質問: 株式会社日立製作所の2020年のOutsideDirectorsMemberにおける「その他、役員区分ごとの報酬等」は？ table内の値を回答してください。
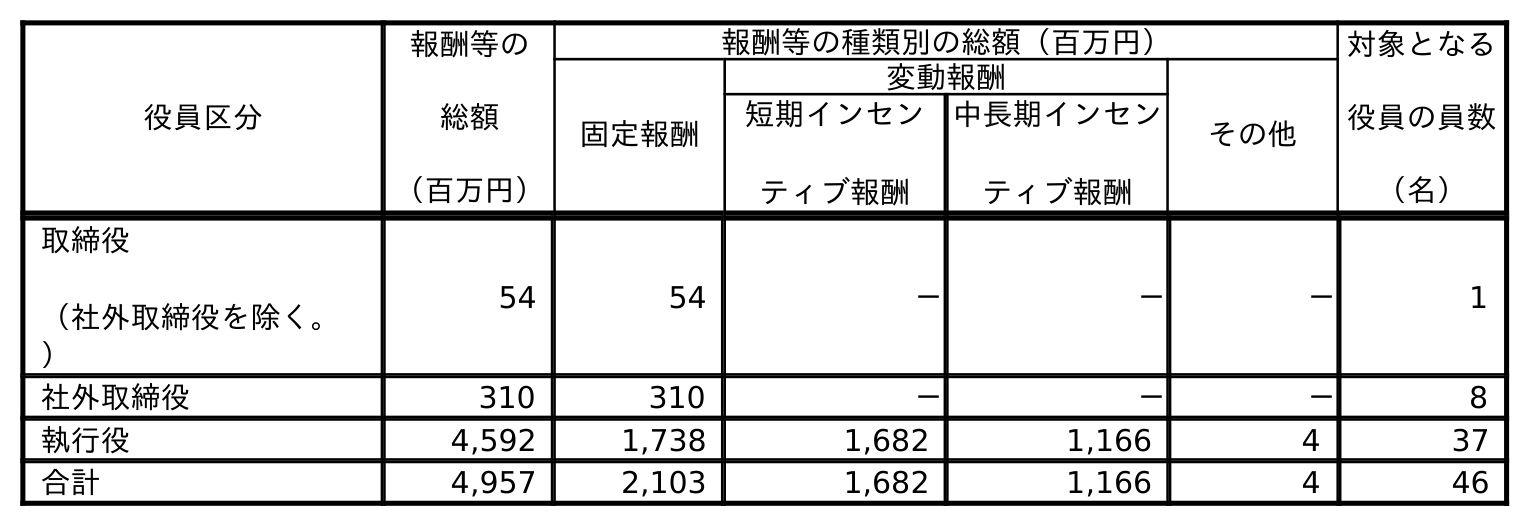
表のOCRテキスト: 役員区分 報酬等の 総額 （百万円） 報酬等の種類別の総額（百万円） 対象となる 役員の員数 （名） 固定報酬 変動報酬 その他 短期インセン ティブ報酬 中長期インセン ティブ報酬 取締役 （社外取締役を除く。 ） 54 54 － － － 1 社外取締役 310 310 － － － 8 執行役 4,592 1,738 1,682 1,166 4 37 合計 4,957 2,103 1,682 1,166 4 46
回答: －